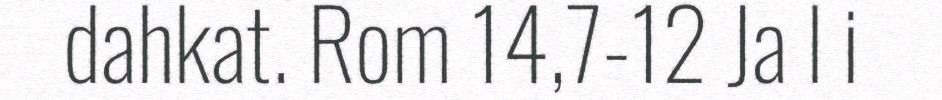
dahkat. Rom 14,7-12 Ja l i